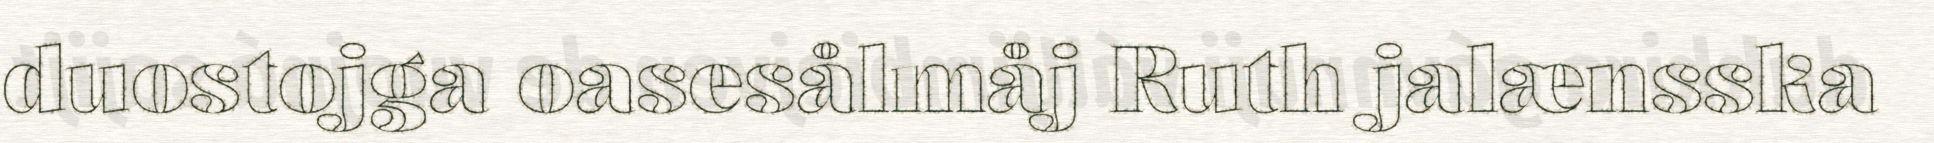
duostojga oasesålmåj Ruth jalænsska